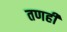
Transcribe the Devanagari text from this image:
तणही